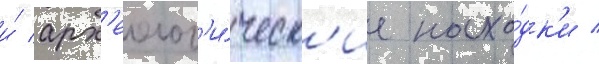
и́ арх'еолог'и́ческ'ие нахо́дк'и /